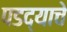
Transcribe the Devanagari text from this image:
पडद्याचे